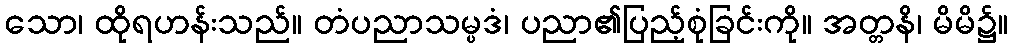
သော၊ ထိုရဟန်းသည်။ တံပညာသမ္ပဒံ၊ ပညာ၏ပြည့်စုံခြင်းကို။ အတ္တနိ၊ မိမိ၌။